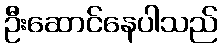
ဦးဆောင်နေပါသည်